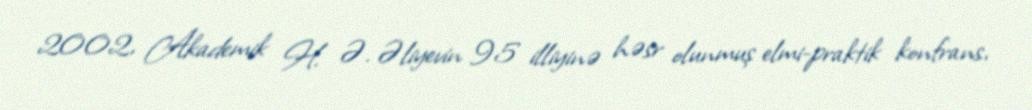
2002, Akademik H. Ə. Əliyevin 95 illiyinə həsr olunmuş elmi-praktik konfrans,